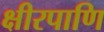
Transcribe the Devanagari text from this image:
क्षीरपाणि